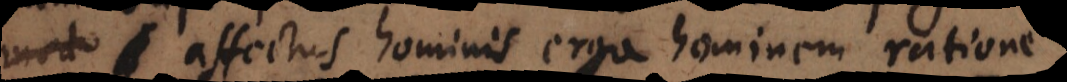
virt affectus hominis erga hominem ratione